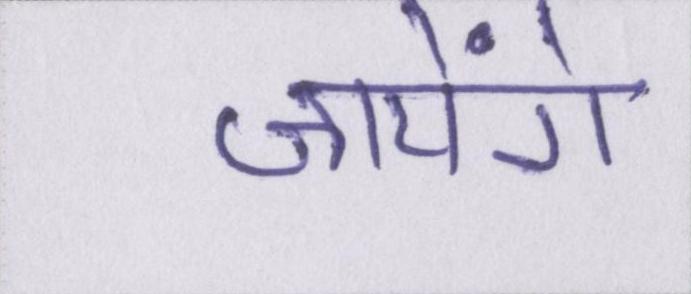
जायेंगे